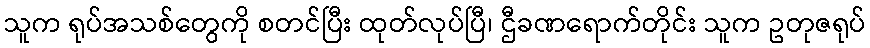
သူက ရုပ်အသစ်တွေကို စတင်ပြီး ထုတ်လုပ်ပြီ၊ ဌီခဏရောက်တိုင်း သူက ဥတုဇရုပ်